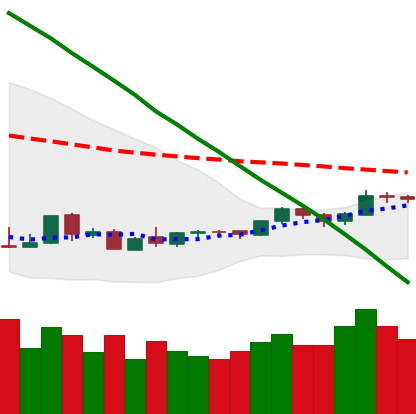
Ticker: LTC-USD
Chart end date: 2018-09-03
Forward return: -18.553%
Label: down_7plus